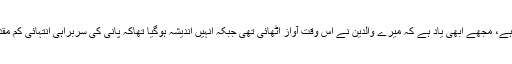
یہ کوئی نئی بات نہیں ہے، مجھے ابھی یاد ہے کہ میرے والدین نے اس وقت آواز اٹھائی تھی جبکہ انہیں اندیشہ ہوگیا تھاکہ پانی کی سربراہی انتہائی کم مقدار میں کی جارہی ہے۔